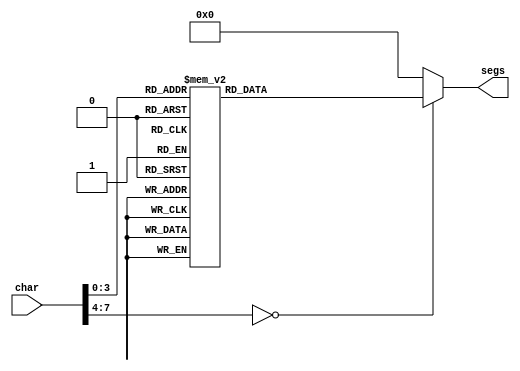
/*
   This file was generated automatically by Alchitry Labs version 1.2.7.
   Do not edit this file directly. Instead edit the original Lucid source.
   This is a temporary file and any changes made to it will be destroyed.
*/

module seven_seg_10 (
    input [7:0] char,
    output reg [6:0] segs
  );
  
  
  
  always @* begin
    
    case (char)
      1'h0: begin
        segs = 7'h08;
      end
      1'h1: begin
        segs = 7'h5e;
      end
      2'h2: begin
        segs = 7'h11;
      end
      2'h3: begin
        segs = 7'h12;
      end
      3'h4: begin
        segs = 7'h46;
      end
      3'h5: begin
        segs = 7'h22;
      end
      3'h6: begin
        segs = 7'h20;
      end
      3'h7: begin
        segs = 7'h1e;
      end
      4'h8: begin
        segs = 7'h00;
      end
      4'h9: begin
        segs = 7'h02;
      end
      4'hd: begin
        segs = 7'h05;
      end
      4'he: begin
        segs = 7'h2d;
      end
      default: begin
        segs = 7'h00;
      end
    endcase
  end
endmodule